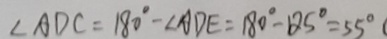
\angle A D C = 1 8 0 ^ { \circ } - \angle A D E = 1 8 0 ^ { \circ } - 1 2 5 ^ { \circ } = 5 5 ^ { \circ }